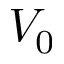
V _ { 0 }